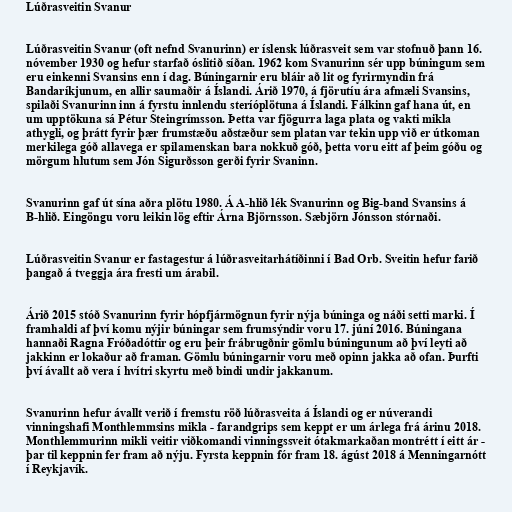
Lúðrasveitin Svanur

Lúðrasveitin Svanur (oft nefnd Svanurinn) er íslensk lúðrasveit sem var stofnuð þann 16.
nóvember 1930 og hefur starfað óslitið síðan. 1962 kom Svanurinn sér upp búningum sem
eru einkenni Svansins enn í dag. Búningarnir eru bláir að lit og fyrirmyndin frá
Bandaríkjunum, en allir saumaðir á Íslandi. Árið 1970, á fjörutíu ára afmæli Svansins,
spilaði Svanurinn inn á fyrstu innlendu steríóplötuna á Íslandi. Fálkinn gaf hana út, en
um upptökuna sá Pétur Steingrímsson. Þetta var fjögurra laga plata og vakti mikla
athygli, og þrátt fyrir þær frumstæðu aðstæður sem platan var tekin upp við er útkoman
merkilega góð allavega er spilamenskan bara nokkuð góð, þetta voru eitt af þeim góðu og
mörgum hlutum sem Jón Sigurðsson gerði fyrir Svaninn.

Svanurinn gaf út sína aðra plötu 1980. Á A-hlið lék Svanurinn og Big-band Svansins á
B-hlið. Eingöngu voru leikin lög eftir Árna Björnsson. Sæbjörn Jónsson stórnaði.

Lúðrasveitin Svanur er fastagestur á lúðrasveitarhátíðinni í Bad Orb. Sveitin hefur farið
þangað á tveggja ára fresti um árabil.

Árið 2015 stóð Svanurinn fyrir hópfjármögnun fyrir nýja búninga og náði setti marki. Í
framhaldi af því komu nýjir búningar sem frumsýndir voru 17. júní 2016. Búningana
hannaði Ragna Fróðadóttir og eru þeir frábrugðnir gömlu búningunum að því leyti að
jakkinn er lokaður að framan. Gömlu búningarnir voru með opinn jakka að ofan. Þurfti
því ávallt að vera í hvítri skyrtu með bindi undir jakkanum.

Svanurinn hefur ávallt verið í fremstu röð lúðrasveita á Íslandi og er núverandi
vinningshafi Monthlemmsins mikla - farandgrips sem keppt er um árlega frá árinu 2018.
Monthlemmurinn mikli veitir viðkomandi vinningssveit ótakmarkaðan montrétt í eitt ár -
þar til keppnin fer fram að nýju. Fyrsta keppnin fór fram 18. ágúst 2018 á Menningarnótt
í Reykjavík.